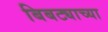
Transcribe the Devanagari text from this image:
बिबट्याच्या